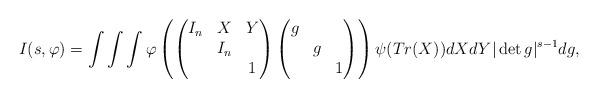
LaTeX: \begin{align*}I(s,\varphi)=\int \int\int \varphi\left(\begin{pmatrix} I_n & X & Y \\ & I_n & \\ & & 1\end{pmatrix}\begin{pmatrix} g & & \\ & g & \\ & & 1 \end{pmatrix}\right)\psi(Tr(X))dXdY|\det g|^{s-1}dg,\end{align*}